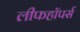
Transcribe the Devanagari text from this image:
लीफहॉपर्स